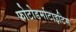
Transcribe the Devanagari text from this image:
फोटोडर्माटाइटिस